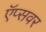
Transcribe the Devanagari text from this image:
ऍप्सवर